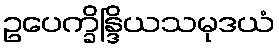
ဥပေက္ခိန္ဒြိယသမုဒယံ